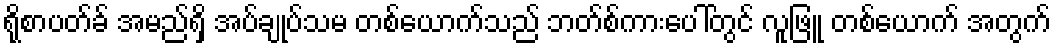
ရိုစာပတ်ခ် အမည်ရှိ အပ်ချုပ်သမ တစ်ယောက်သည် ဘတ်စ်ကားပေါ်တွင် လူဖြူ တစ်ယောက် အတွက်